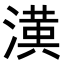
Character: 𭲑